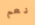
نعم